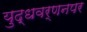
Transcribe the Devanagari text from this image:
युद्धवर्णनपर